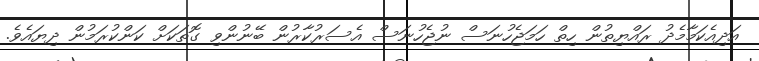
އަދިއެކަމާމެދު ރައްޔިތުން ހިތް ހަމަޖެހުނަސް ނުޖެހުނަސް އެސަރުކާރުން ބޭނުންވި ގޮތަކަށް ކަންކުރަމުން ދިޔައެވެ.